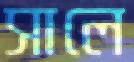
সালে